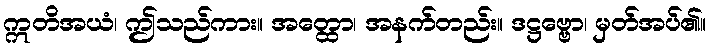
ဣတိအယံ၊ ဤသည်ကား။ အတ္ထော၊ အနက်တည်း။ ဒဋ္ဌဗ္ဗော၊ မှတ်အပ်၏။